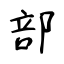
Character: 部